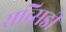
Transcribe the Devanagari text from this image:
सब्‍सिडी